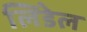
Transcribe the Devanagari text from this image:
लिंडेल